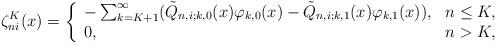
LaTeX: \begin{gather*}\zeta_{ni}^K(x) = \left\{\begin{array}{ll}-\sum_{k=K+1}^\infty (\tilde Q_{n,i; k,0}(x)\varphi_{k,0}(x) - \tilde Q_{n,i; k,1}(x)\varphi_{k,1}(x)), & n \le K, \\0, & n > K,\end{array}\right.\end{gather*}